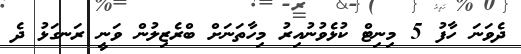
ދެވަނަ ހާފު 5 މިނިޓް ކުޅެވުނުއިރު މިހާތަނަށް ބްރެޒިލުން ވަނީ ރަނގަޅު ދެ